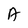
Character: A